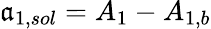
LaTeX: {\mathfrak{a}_{1,sol}}={A_{1}}-{A_{1,b}}